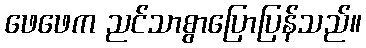
ဖေဖေက ညင်သာစွာပြောပြန်သည်။